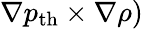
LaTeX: \nabla p_{\textrm{th}}\times\nabla\rho)